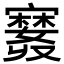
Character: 𪧲